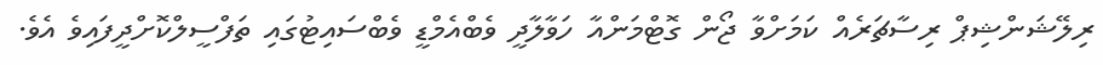
ރިލޭޝަންޝިޕް ރިސާޗަރެއް ކަމަށްވާ ޖޯން ގޮޓްމަންއާ ހަވާލާދީ ވެބްއެމްޑީ ވެބްސައިޓުގައި ތަފްސީލްކޮށްދީފައިވެ އެވެ.